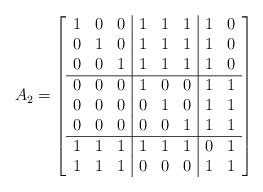
LaTeX: \begin{align*}A_{2}=\left[\begin{array}{ccc|ccc|cc}1 & 0 & 0 & 1 & 1 & 1 & 1 & 0 \\0 & 1 & 0 & 1 & 1 & 1 & 1 & 0 \\0 & 0 & 1 & 1 & 1 & 1 & 1 & 0 \\ \hline0 & 0 & 0 & 1 & 0 & 0 & 1 & 1 \\0 & 0 & 0 & 0 & 1 & 0 & 1 & 1 \\0 & 0 & 0 & 0 & 0 & 1 & 1 & 1 \\ \hline1 & 1 & 1 & 1 & 1 & 1 & 0 & 1 \\1 & 1 & 1 & 0 & 0 & 0 & 1 & 1\end{array}\right] \end{align*}